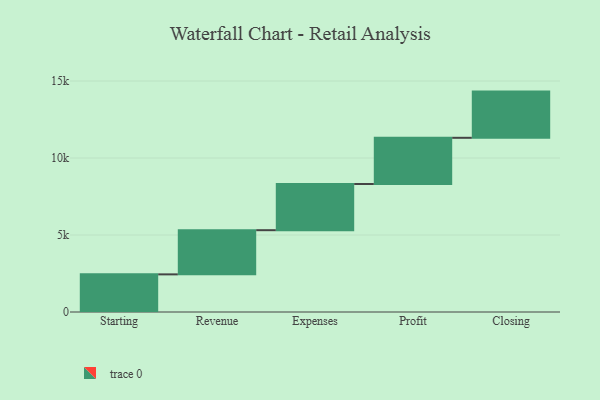
{"axis": {"x": "Step", "y": "Value"}, "legend": [""], "data": [{"x": "Starting", "y": 2444.0, "type": ""}, {"x": "Revenue", "y": 2869.0, "type": ""}, {"x": "Expenses", "y": 3000, "type": ""}, {"x": "Profit", "y": 3000, "type": ""}, {"x": "Closing", "y": 3000, "type": ""}]}